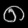
Digit: ၈